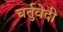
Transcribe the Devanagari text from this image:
चर्तुवेदी